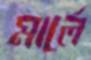
মার্লে